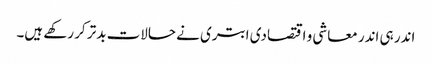
اندر ہی اندر معاشی و اقتصادی ابتری نے حالات بدتر کر رکھے ہیں۔